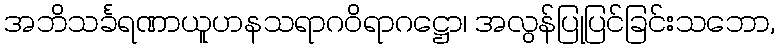
အဘိသင်္ခရဏာယူဟနသရာဂဝိရာဂဋ္ဌော၊ အလွန်ပြုပြင်ခြင်းသဘော,